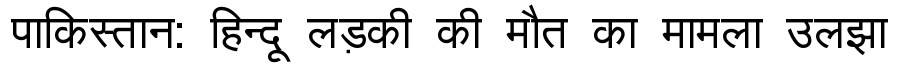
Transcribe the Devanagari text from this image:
पाकिस्तान: हिन्दू लड़की की मौत का मामला उलझा